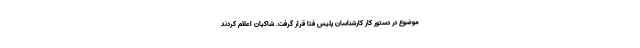
موضوع در دستور کار کارشناسان پلیس فتا قرار گرفت. شاکیان اعلام کردند